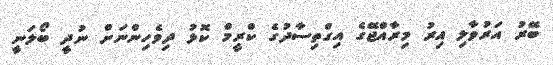
ބޭރު އަރުވާލި އިރު މިރާއްޖޭގެ އިގްތިސާދުގެ ކްރީމް ކޮޅު ދިވެހިންނަށް ނުދީ ބޯލަނީ